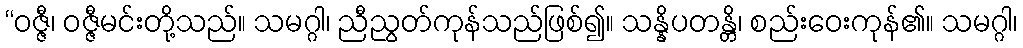
“ဝဇ္ဇီ၊ ဝဇ္ဇီမင်းတို့သည်။ သမဂ္ဂါ၊ ညီညွတ်ကုန်သည်ဖြစ်၍။ သန္နိပတန္တိ၊ စည်းဝေးကုန်၏။ သမဂ္ဂါ၊